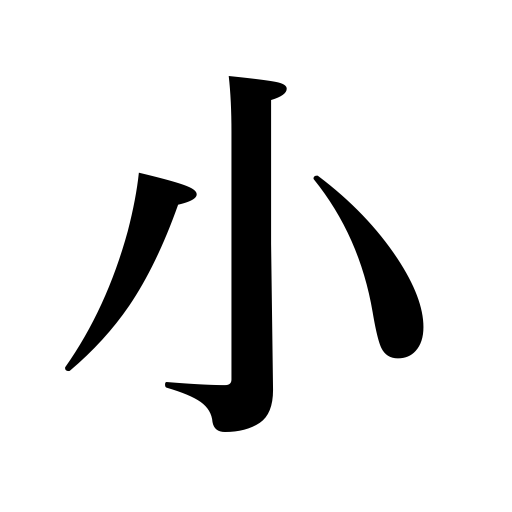
Meanings: trivial,small,smallness,humility prefix,minor,diminutive,short,pretty,nearly,little,fine,minute,nice,petty